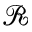
\mathcal { R }